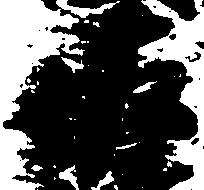
佐